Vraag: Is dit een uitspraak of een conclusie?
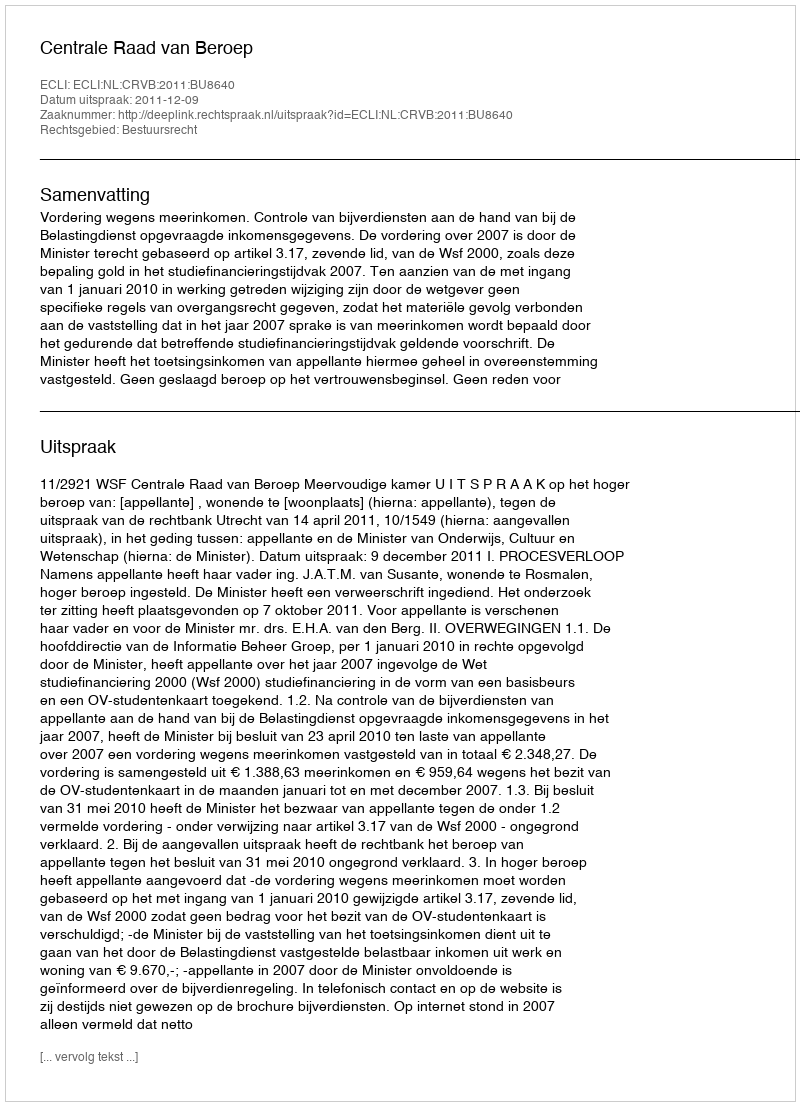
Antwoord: Uitspraak